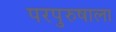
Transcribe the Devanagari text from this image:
परपुरुषाला